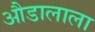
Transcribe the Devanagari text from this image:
औडालाला